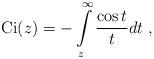
LaTeX: \begin{align*}\mathrm{Ci} (z) = -\int\limits_z^{\infty} \frac{\cos t}{t} dt \;,\end{align*}